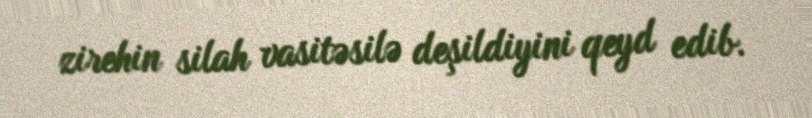
zirehin silah vasitəsilə deşildiyini qeyd edib.